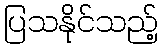
ပြသနိုင်သည့်